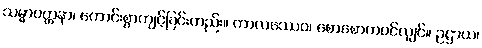
သမ္မာဝတ္တနာ၊ ကောင်းစွာကျင့်ခြင်းတည်း။ ကာလဿေဝ၊ စောစောကပင်လျှင်။ ဥဋ္ဌာယ၊